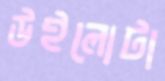
উইলোটা